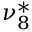
\nu _ { 8 } ^ { * }